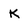
Character: K